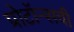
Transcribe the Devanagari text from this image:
प्रोटॉन्सची